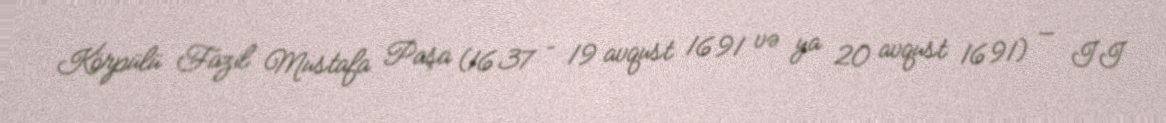
Körpülü Fazil Mustafa Paşa (1637 – 19 avqust 1691 və ya 20 avqust 1691) — II